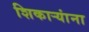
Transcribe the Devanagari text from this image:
शिकार्‍यांना